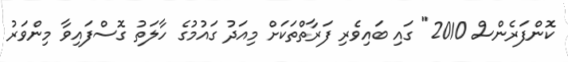
ކޮންފަރެންސް 2010" ގައި ބައިވެރި ފަރާތްތަކަށް މިއަދު ގައުމުގެ ހާލަތު ގޮސްފައިވާ މިންވަރު